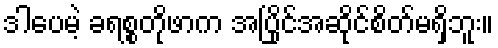
ဒါပေမဲ့ ခရစ္စတိုဖာက အပြိုင်အဆိုင်စိတ်မရှိဘူး။